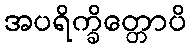
အပရိက္ခိတ္တောပိ